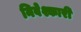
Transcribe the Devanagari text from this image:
निवेश्कारी